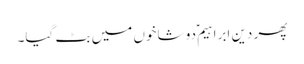
پھر دینِ ابراہیم ؑدو شاخوں میں بٹ گیا۔